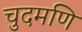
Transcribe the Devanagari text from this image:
चुदमणि